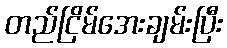
တည်ငြိမ်အေးချမ်းပြီး